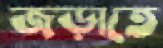
জড়াতে